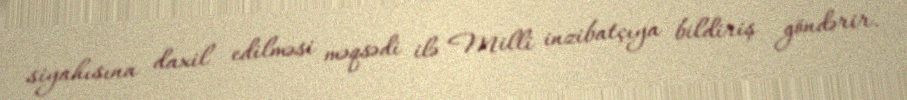
siyahısına daxil edilməsi məqsədi ilə Milli inzibatçıya bildiriş göndərir.